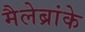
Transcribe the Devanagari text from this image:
मैलेब्रांके